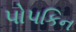
પોપકિન